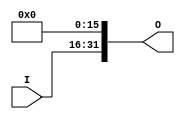
// Faz shift e extende a entrada de 16 para 32 bits.

module ShiftLeft16 (
    output wire [31:0] O,
    input  wire [15:0] I
);

assign O = {I[15:0], 16'd0};

endmodule